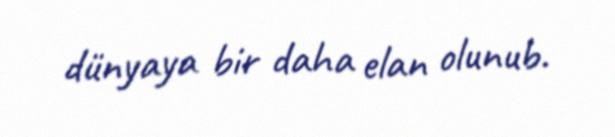
dünyaya bir daha elan olunub.